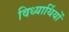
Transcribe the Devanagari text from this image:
विध्यार्थियों